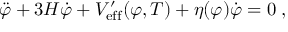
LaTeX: \ddot { \varphi } + 3 H \dot { \varphi } + V _ { \mathrm { e f f } } ^ { \prime } ( \varphi , T ) + \eta ( \varphi ) \dot { \varphi } = 0 \; ,